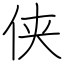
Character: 侠